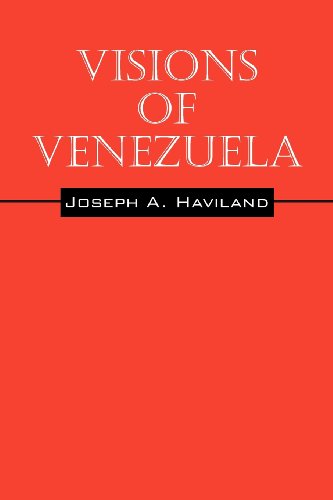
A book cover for Visions of Venezuela; Joseph A. Haviland; Travel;